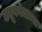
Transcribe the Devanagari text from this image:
ट्यूबवेलच्या